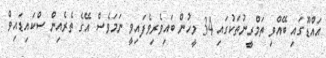
އައްޑޫގައި ބޭއްވި ތަމްރީނުތަކުގައި 34 މީހުން ބައިވެރިވެފައިވީ ނަމަވެސް އޭގެ ތެރެއިން ސްކައިޑައިވް